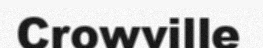
Crowville